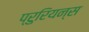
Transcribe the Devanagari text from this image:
प्रुरियन्स